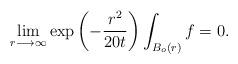
LaTeX: \begin{align*}\lim_{r\longrightarrow \infty }\exp \left( -\frac{r^{2}}{20t}\right)\int_{B_{o}\left( r\right) }f=0. \end{align*}